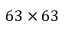
6 3 \times 6 3